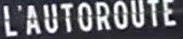
L'AUTOROUTE